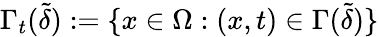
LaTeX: \Gamma_{t}(\tilde{\delta}):=\{ x\in\Omega:(x,t)\in\Gamma(\tilde{\delta})\}